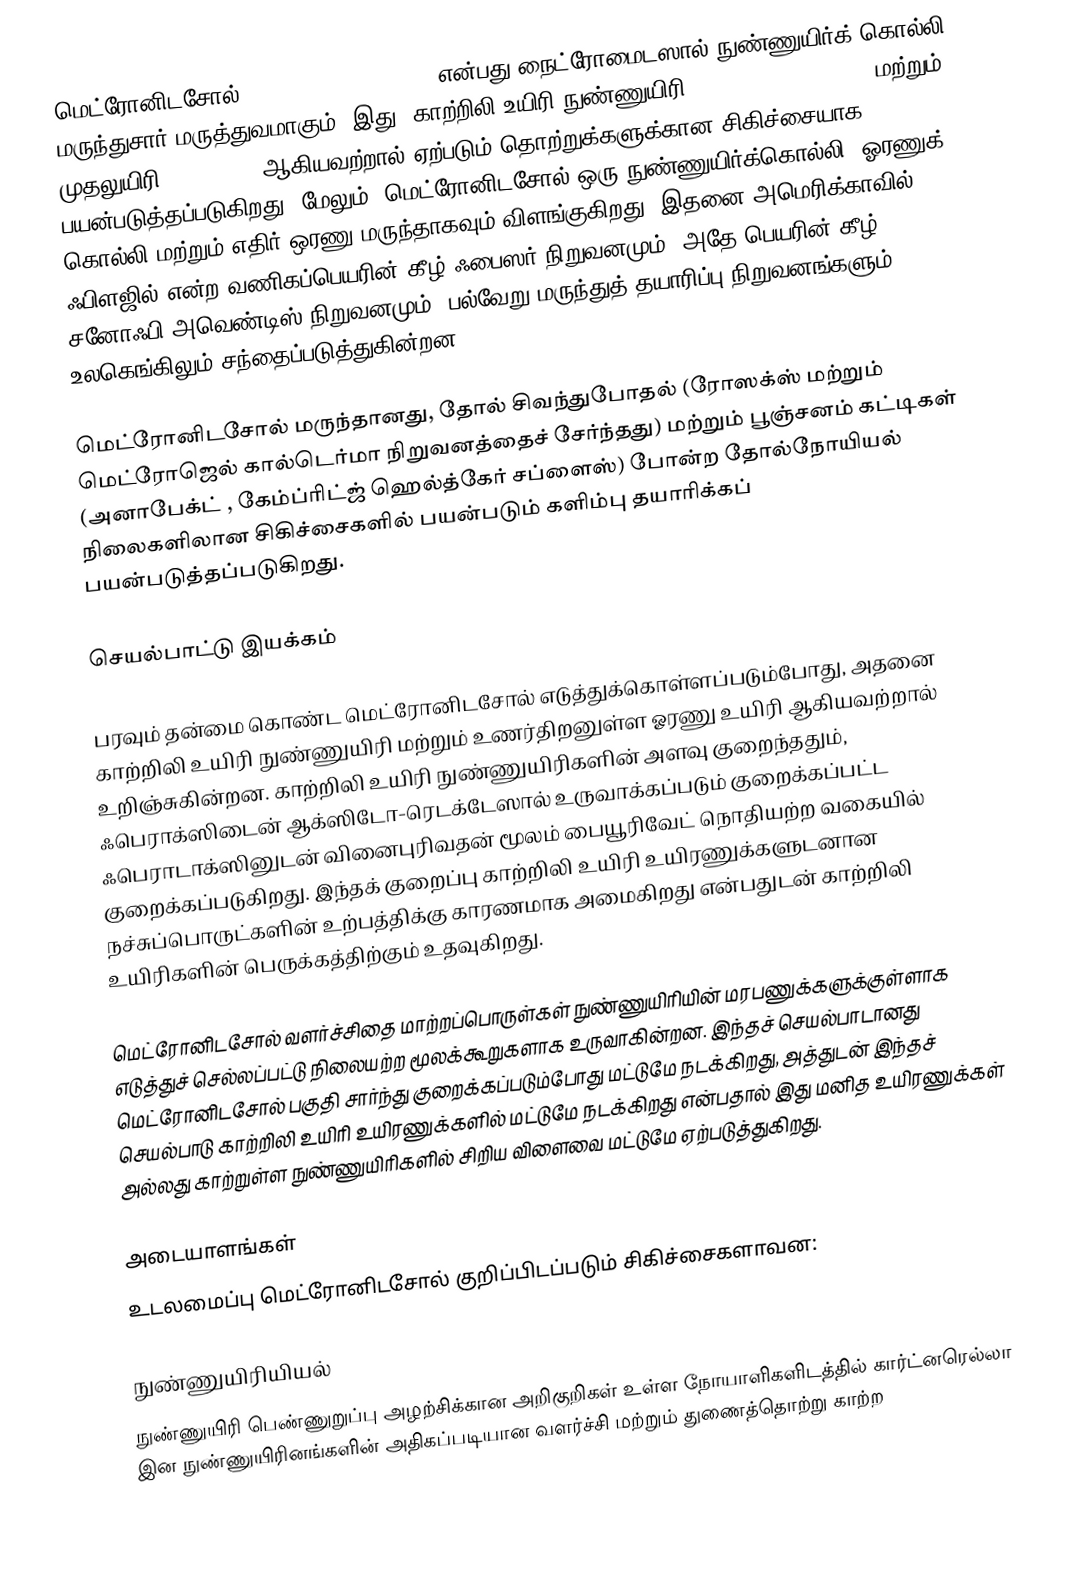
மெட்ரோனிடசோல் (Metronidazole (INN)) என்பது நைட்ரோமைடஸால் நுண்ணுயிர்க் கொல்லி மருந்துசார் மருத்துவமாகும். இது, காற்றிலி உயிரி நுண்ணுயிரி (anaerobic bacteria) மற்றும் முதலுயிரி  (protozoa)  ஆகியவற்றால் ஏற்படும் தொற்றுக்களுக்கான சிகிச்சையாக பயன்படுத்தப்படுகிறது. மேலும், மெட்ரோனிடசோல் ஒரு நுண்ணுயிர்க்கொல்லி, ஓரணுக் கொல்லி மற்றும் எதிர் ஒரணு மருந்தாகவும் விளங்குகிறது. இதனை அமெரிக்காவில், ஃபிளஜில் என்ற வணிகப்பெயரின் கீழ் ஃபைஸர் நிறுவனமும், அதே பெயரின் கீழ்  சனோஃபி-அவெண்டிஸ் நிறுவனமும், பல்வேறு மருந்துத் தயாரிப்பு நிறுவனங்களும் உலகெங்கிலும் சந்தைப்படுத்துகின்றன.

மெட்ரோனிடசோல் மருந்தானது, தோல் சிவந்துபோதல் (ரோஸக்ஸ் மற்றும் மெட்ரோஜெல் கால்டெர்மா நிறுவனத்தைச் சேர்ந்தது) மற்றும் பூஞ்சனம் கட்டிகள் (அனாபேக்ட் , கேம்ப்ரிட்ஜ் ஹெல்த்கேர் சப்ளைஸ்) போன்ற தோல்நோயியல் நிலைகளிலான சிகிச்சைகளில் பயன்படும் களிம்பு தயாரிக்கப் பயன்படுத்தப்படுகிறது.

செயல்பாட்டு இயக்கம்

பரவும் தன்மை கொண்ட மெட்ரோனிடசோல் எடுத்துக்கொள்ளப்படும்போது, அதனை காற்றிலி உயிரி நுண்ணுயிரி மற்றும் உணர்திறனுள்ள ஓரணு உயிரி ஆகியவற்றால் உறிஞ்சுகின்றன. காற்றிலி உயிரி நுண்ணுயிரிகளின் அளவு குறைந்ததும், ஃபெராக்ஸிடைன் ஆக்ஸிடோ-ரெடக்டேஸால் உருவாக்கப்படும் குறைக்கப்பட்ட ஃபெராடாக்ஸினுடன் வினைபுரிவதன் மூலம் பையூரிவேட் நொதியற்ற வகையில் குறைக்கப்படுகிறது. இந்தக் குறைப்பு காற்றிலி உயிரி உயிரணுக்களுடனான நச்சுப்பொருட்களின் உற்பத்திக்கு காரணமாக அமைகிறது என்பதுடன் காற்றிலி உயிரிகளின் பெருக்கத்திற்கும் உதவுகிறது.

மெட்ரோனிடசோல் வளர்ச்சிதை மாற்றப்பொருள்கள் நுண்ணுயிரியின் மரபணுக்களுக்குள்ளாக எடுத்துச் செல்லப்பட்டு நிலையற்ற மூலக்கூறுகளாக உருவாகின்றன. இந்தச் செயல்பாடானது மெட்ரோனிடசோல் பகுதி சார்ந்து குறைக்கப்படும்போது மட்டுமே நடக்கிறது, அத்துடன் இந்தச் செயல்பாடு காற்றிலி உயிரி உயிரணுக்களில் மட்டுமே நடக்கிறது என்பதால் இது மனித உயிரணுக்கள் அல்லது காற்றுள்ள நுண்ணுயிரிகளில் சிறிய விளைவை மட்டுமே ஏற்படுத்துகிறது.

அடையாளங்கள்
உடலமைப்பு மெட்ரோனிடசோல் குறிப்பிடப்படும் சிகிச்சைகளாவன:

நுண்ணுயிரியியல்
 நுண்ணுயிரி பெண்ணுறுப்பு அழற்சிக்கான அறிகுறிகள் உள்ள நோயாளிகளிடத்தில் கார்ட்னரெல்லா இன நுண்ணுயிரினங்களின் அதிகப்படியான வளர்ச்சி மற்றும் துணைத்தொற்று காற்ற